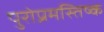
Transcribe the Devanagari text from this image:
पुरोप्रमस्तिष्क